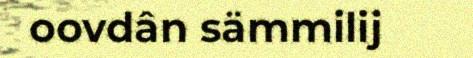
oovdân sämmilij